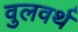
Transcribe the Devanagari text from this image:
वुलवर्थ